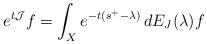
LaTeX: \begin{align*}e^{t\mathcal{J}}f=\int_{X} e^{-t(s^+-\lambda)}\, dE_{J}(\lambda)f\end{align*}